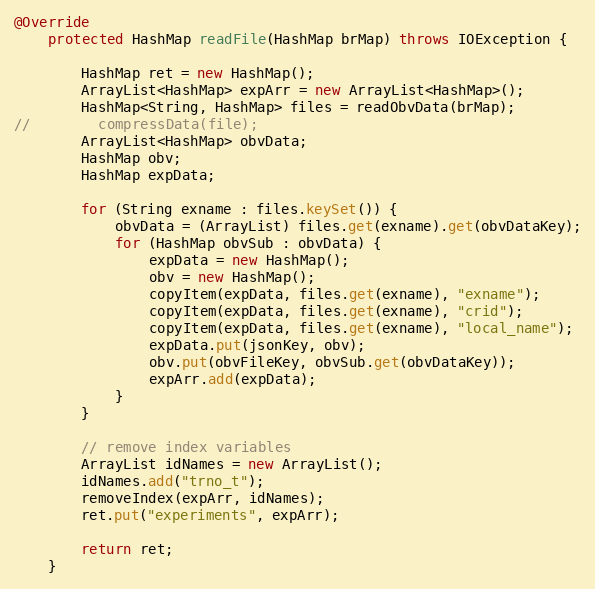
Language: Java
@Override
    protected HashMap readFile(HashMap brMap) throws IOException {

        HashMap ret = new HashMap();
        ArrayList<HashMap> expArr = new ArrayList<HashMap>();
        HashMap<String, HashMap> files = readObvData(brMap);
//        compressData(file);
        ArrayList<HashMap> obvData;
        HashMap obv;
        HashMap expData;

        for (String exname : files.keySet()) {
            obvData = (ArrayList) files.get(exname).get(obvDataKey);
            for (HashMap obvSub : obvData) {
                expData = new HashMap();
                obv = new HashMap();
                copyItem(expData, files.get(exname), "exname");
                copyItem(expData, files.get(exname), "crid");
                copyItem(expData, files.get(exname), "local_name");
                expData.put(jsonKey, obv);
                obv.put(obvFileKey, obvSub.get(obvDataKey));
                expArr.add(expData);
            }
        }

        // remove index variables
        ArrayList idNames = new ArrayList();
        idNames.add("trno_t");
        removeIndex(expArr, idNames);
        ret.put("experiments", expArr);

        return ret;
    }